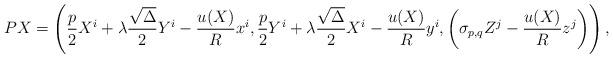
LaTeX: \begin{align*} P X=\left(\frac{p}{2}X^{i} + \lambda \frac{\sqrt{\Delta}}{2}Y^{i}-\frac{u(X)}{R}x^{i},\frac{p}{2}Y^{i} + \lambda \frac{\sqrt{\Delta}}{2}X^{i}-\frac{u(X)}{R}y^{i},\left(\sigma_{p,q}Z^{j}-\frac{u(X)}{R}z^{j}\right)\right),\end{align*}